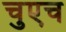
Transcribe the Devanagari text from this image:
चुएच